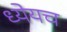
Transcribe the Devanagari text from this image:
ध्येयच